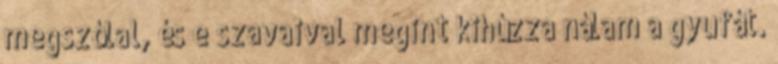
megszólal, és e szavaival megint kihúzza nálam a gyufát.